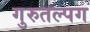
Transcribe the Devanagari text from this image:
गुरुतल्पग